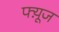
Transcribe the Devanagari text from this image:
फ्य़ूज